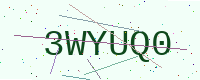
Text: 3WYUQ0